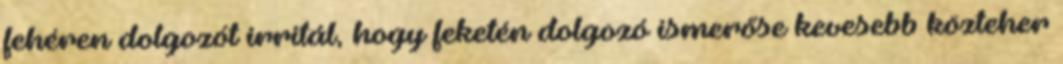
fehéren dolgozót irritál, hogy feketén dolgozó ismerőse kevesebb közteher